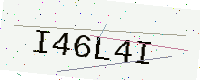
Text: I46L4I